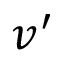
v ^ { \prime }